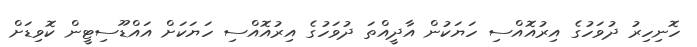
ހޮނިހިރު ދުވަހުގެ އިރުއޮއްސި ހަޔަކުން އާދީއްތަ ދުވަހުގެ އިރުއޮއްސި ހަޔަކަށް އައްޑޫސިޓީން ކޮވިޑަށް